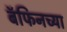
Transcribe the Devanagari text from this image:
बॅफिनच्या